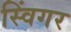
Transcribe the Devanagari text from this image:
स्विंगर